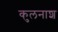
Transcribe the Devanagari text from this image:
कुलनाश